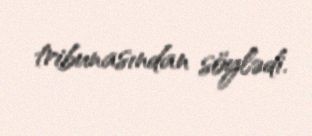
tribunasından söylədi.